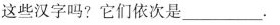
这些汉字吗?它们依次是____。